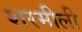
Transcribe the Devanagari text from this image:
शरमीली